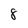
Character: 8